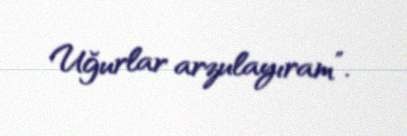
Uğurlar arzulayıram”.